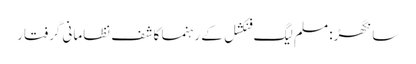
سانگھڑ: مسلم لیگ فنکشل کے رہنما کاشف نظامانی گرفتار